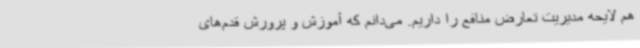
هم لایحه مدیریت تعارض منافع را داریم. می‌دانم که آموزش و پرورش قدم‌های